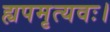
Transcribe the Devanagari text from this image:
ह्यपमृत्यवः।